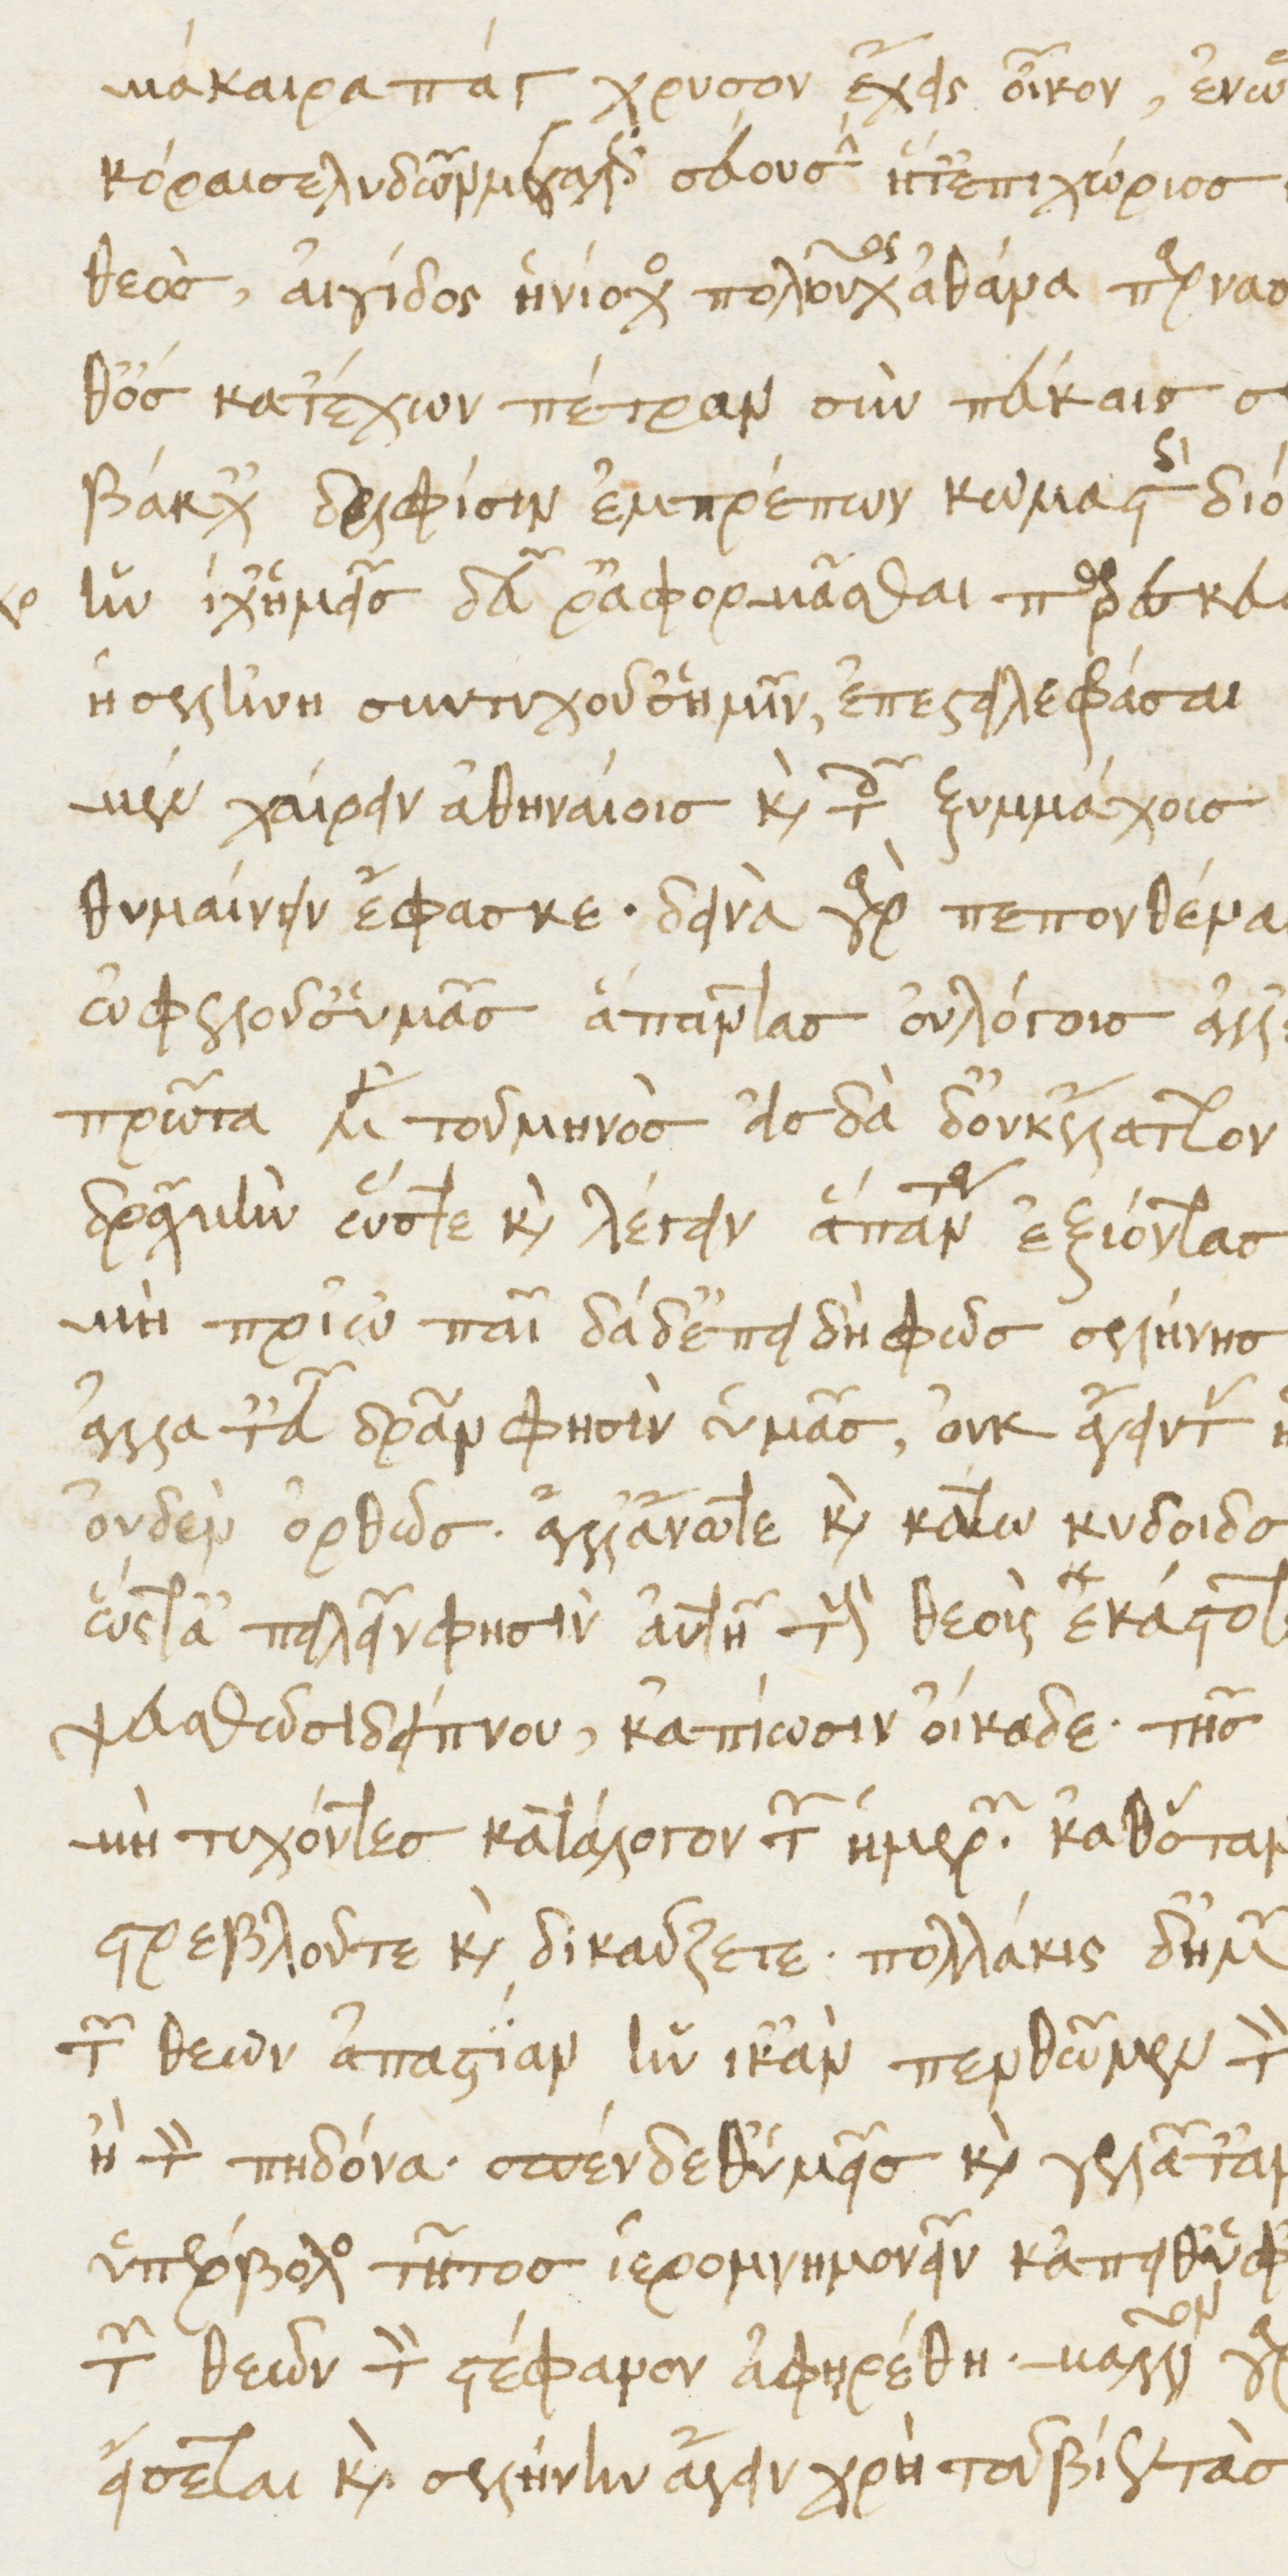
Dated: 1476–1506